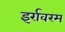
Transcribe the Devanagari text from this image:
इर्रावरम